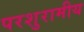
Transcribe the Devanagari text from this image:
परशुरामीय